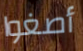
أصغوا